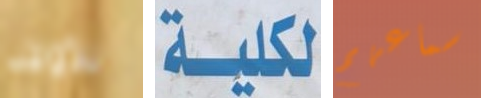
للأولاد لكلية سماعهم